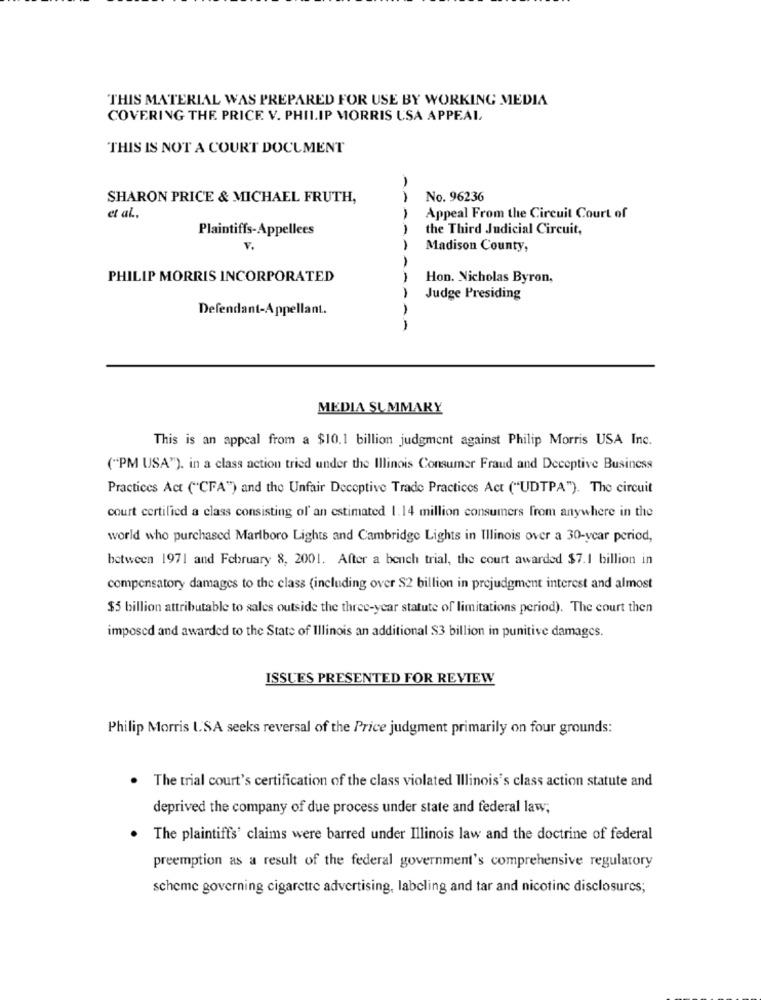
THIS MATERIAL WAS PREPARED FOR USE BY WORKING MEDIA
COVERING THE PRICE V. PHILIP MORRIS USA APPEAL
THIS IS NOT A COURT DOCUMENT
SHARON PRICE & MICHAEL FRUTH,
No. 96236
et al .,
Appeal From the Circuit Court of
Plaintiffs-Appellees
the Third Judicial Circuit,
v.
Madison County,
PHILIP MORRIS INCORPORATED
1
Hon. Nicholas Byron,
Judge Presiding
Defendant-Appellant.
MEDIA SUMMARY
This is an appeal from a $10.1 billion judgment against Philip Morris USA Inc.
("PM USA"). in a class action tried under the Illinois Consumer Fraud and Deceptive Business
Practices Act ("CFA") and the Unfair Deceptive Trade Practices Act ("UDTPA"). The circuit
court certified a class consisting of an estimated 1.14 million consumers from anywhere in the
world who purchased Marlboro Lights and Cambridge Lights in Illinois over a 30-year period,
between 1971 and February 8, 2001. After a bench trial, the court awarded $7.1 billion in
compensatory damages to the class (including over S2 billion in prejudgment interest and almost
$5 billion attributable to sales outside the three-year statute of limitations period). The court then
imposed and awarded to the State of Illinois an additional $3 billion in punitive damages.
ISSUES PRESENTED FOR REVIEW
Philip Morris LSA seeks reversal of the Price judgment primarily on four grounds:
The trial court's certification of the class violated Illinois's class action statute and
deprived the company of due process under state and federal law;
The plaintiffs' claims were barred under Illinois law and the doctrine of federal
preemption as a result of the federal government's comprehensive regulatory
scheme governing cigarette advertising, labeling and tar and nicotine disclosures;